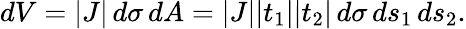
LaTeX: \begin{array}{r}{dV=|J|\, d\sigma\, dA=|J||t_{1}||t_{2}|\, d\sigma\, ds_{1}\, ds_{2}.}\end{array}